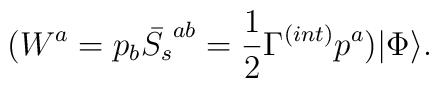
(W^a = p_b \bar{S_s}^{ab} = \frac{1}{2}\Gamma^{(int)} p^a)|\Phi\rangle.